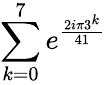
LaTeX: \sum_{k=0}^{7}e^{\frac{2i\pi 3^{k}}{41}}